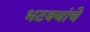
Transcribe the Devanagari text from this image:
भटक्यांचे